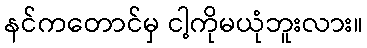
နင်ကတောင်မှ ငါ့ကိုမယုံဘူးလား။